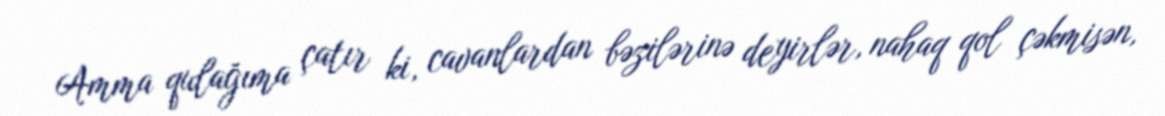
Amma qulağıma çatır ki, cavanlardan bəzilərinə deyirlər, nahaq qol çəkmisən,